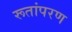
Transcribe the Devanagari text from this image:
रूतांपरण